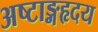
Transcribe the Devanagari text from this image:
अष्टाङ्गहृदय